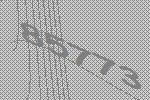
85773